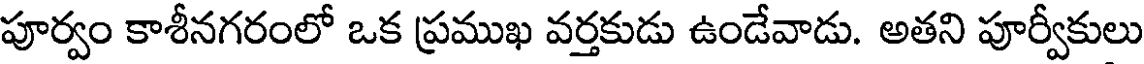
పూర్వం కాశీనగరంలో ఒక ప్రముఖ వర్తకుడు ఉండేవాడు. అతని పూర్వీకులు